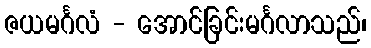
ဇယမင်္ဂလံ - အောင်ခြင်းမင်္ဂလာသည်၊